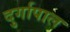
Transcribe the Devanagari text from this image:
दुर्गापाल